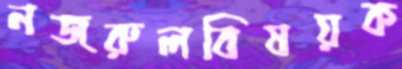
নজরুলবিষয়ক